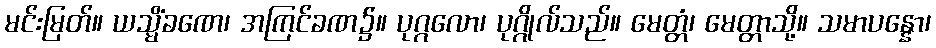
မင်းမြတ်။ ယသ္မိံခဏေ၊ အကြင်ခဏ၌။ ပုဂ္ဂလော၊ ပုဂ္ဂိုလ်သည်။ မေတ္တံ၊ မေတ္တာသို့။ သမာပန္နော၊